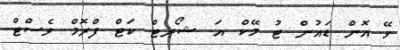
ވޭ އޮން ޑައުން ޓު މޭކް އަ ޝޯރޓް ކަޓް ފްރޮމް ވެސްޓް